Report of the Imperial Institute of Veterinary Research, Muktesar
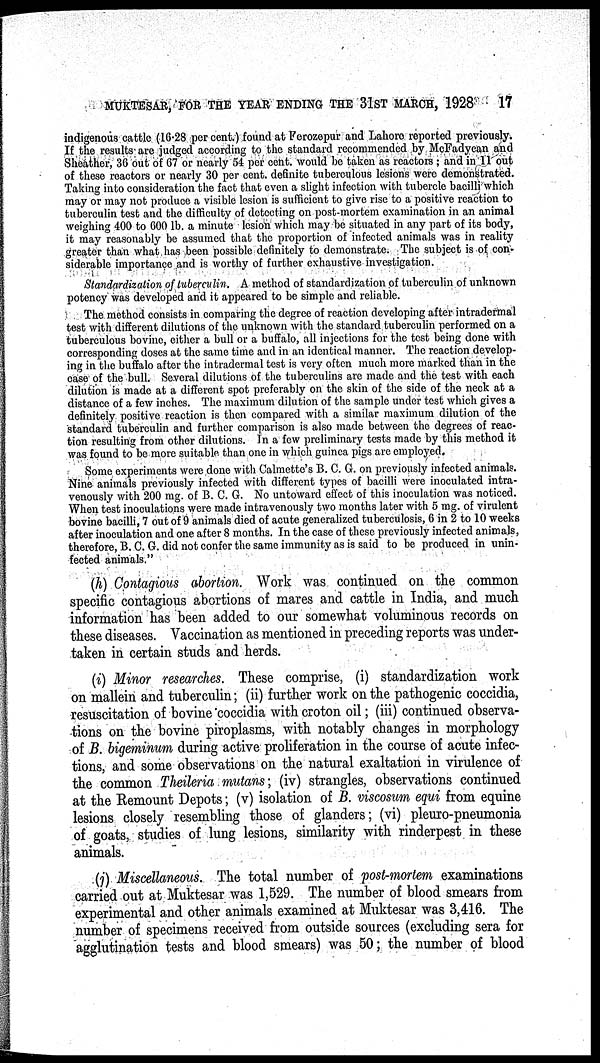
MUKTESAR, FOR THE YEAR ENDING THE 31ST MARCH, 1928
17
indigenous cattle (16.28 per cent.) found at Ferozepur and Lahore reported previously.
If the results are judged according to the standard recommended by McFadyean and
Sheather, 36 out of 67 or nearly 54 per cent. would be taken as reactors ; and in 11 out
of these reactors or nearly 30 per cent. definite tuberculous lesions were demonstrated.
Taking into consideration the fact that even a slight infection with tubercle bacilli which
may or may not produce a visible lesion is sufficient to give rise to a positive reaction to
tuberculin test and the difficulty of detecting on post-mortem examination in an animal
weighing 400 to 600 lb. a minute lesion which may be situated in any part of its body,
it may reasonably be assumed that the proportion of infected animals was in reality
greater than what has been possible definitely to demonstrate. The subject is of con-
siderable importance and is worthy of further exhaustive investigation.
Standardization of tuberculin. A method of standardization of tuberculin of unknown
potency was developed and it appeared to be simple and reliable.
The method consists in comparing the degree of reaction developing after intradermal
test with different dilutions of the unknown with the standard tuberculin performed on a
tuberculous bovine, either a bull or a buffalo, all injections for the test being done with
corresponding doses at the same time and in an identical manner. The reaction develop-
ing in the buffalo after the intradermal test is very often much more marked than in the
case of the bull. Several dilutions of the tuberculins are made and the test with each
dilution is made at a different spot preferably on the skin of the side of the neck at a
distance of a few inches. The maximum dilution of the sample under test which gives a
definitely positive reaction is then compared with a similar maximum dilution of the
standard tuberculin and further comparison is also made between the degrees of reac-
tion resulting from other dilutions. In a few preliminary tests made by this method it
was found to be more suitable than one in which guinea pigs are employed.
Some experiments were done with Calmette's B. C. G. on previously infected animals.
Nine animals previously infected with different types of bacilli were inoculated intra-
venously with 200 mg. of B. C. G. No untoward effect of this inoculation was noticed.
When test inoculations were made intravenously two months later with 5 mg. of virulent
bovine bacilli, 7 out of 9 animals died of acute generalized tuberculosis, 6 in 2 to 10 weeks
after inoculation and one after 8 months. In the case of these previously infected animals,
therefore, B. C. G. did not confer the same immunity as is said to be produced in unin-
fected animals."
(h) Contagious abortion. Work was continued on the common
specific contagious abortions of mares and cattle in India, and much
information has been added to our somewhat voluminous records on
these diseases. Vaccination as mentioned in preceding reports was under-
taken in certain studs and herds.
(i) Minor researches. These comprise, (i) standardization work
on mallein and tuberculin; (ii) further work on the pathogenic coccidia,
resuscitation of bovine coccidia with croton oil ; (iii) continued observa-
tions on the bovine piroplasms, with notably changes in morphology
of B. bigeminum during active proliferation in the course of acute infec-
tions, and some observations on the natural exaltation in virulence of
the common Theileria mutans; (iv) strangles, observations continued
at the Remount Depots ; (v) isolation of B. viscosum equi from equine
lesions closely resembling those of glanders; (vi) pleuro-pneumonia
of goats, studies of lung lesions, similarity with rinderpest in these
animals.
(j) Miscellaneous. The total number of post-mortem examinations
carried out at Muktesar was 1,529. The number of blood smears from
experimental and other animals examined at Muktesar was 3,416. The
number of specimens received from outside sources (excluding sera for
agglutination tests and blood smears) was 50; the number of blood